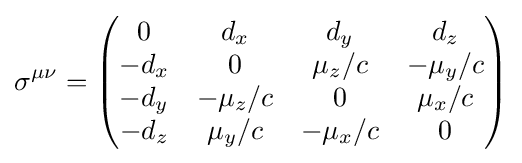
\sigma ^{\mu \nu }={\begin{pmatrix}0&d_{x}&d_{y}&d_{z}\\-d_{x}&0&\mu _{z}/c&-\mu _{y}/c\\-d_{y}&-\mu _{z}/c&0&\mu _{x}/c\\-d_{z}&\mu _{y}/c&-\mu _{x}/c&0\end{pmatrix}}